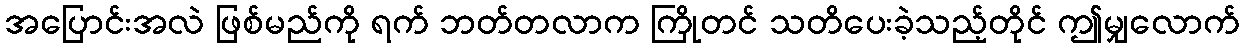
အပြောင်းအလဲ ဖြစ်မည်ကို ရက် ဘတ်တလာက ကြိုတင် သတိပေးခဲ့သည့်တိုင် ဤမျှလောက်